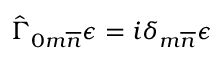
\hat { \Gamma } _ { 0 m \overline { { { n } } } } \epsilon = i \delta _ { m \overline { { { n } } } } \epsilon